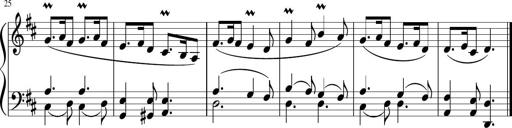
Title: 12 Keyboard Sonatinas
Composer: James Hook